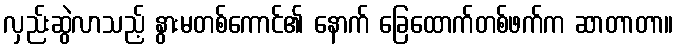
လှည်းဆွဲလာသည့် နွားမတစ်ကောင်၏ နောက် ခြေထောက်တစ်ဖက်က ဆာတာတာ။